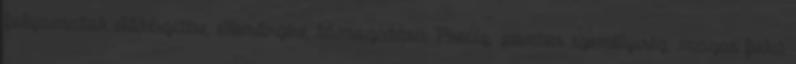
folyamatok előkészítése, ellenőrzése, támogatása Precíz, pontos személyiség, magas fokú